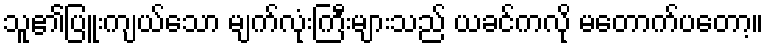
သူ၏ပြူးကျယ်သော မျက်လုံးကြီးများသည် ယခင်ကလို မတောက်ပတော့။